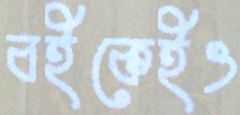
বইকেইও